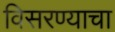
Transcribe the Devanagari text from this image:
विसरण्याचा